Report of the Indian Hemp Drugs Commission, 1894-1895 - Volume VII
Year: 1894
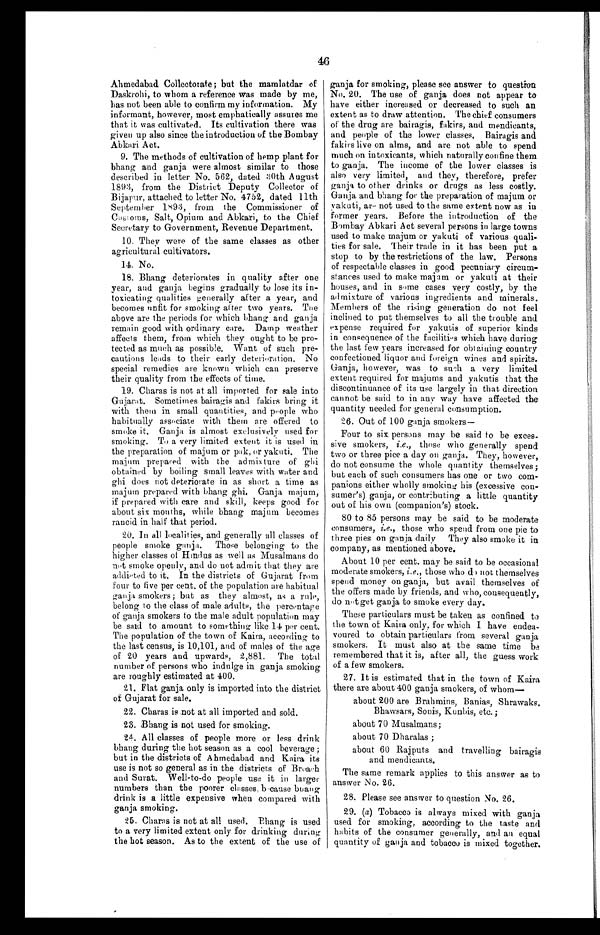
46
Ahmedabad Collectorate; but the mamlatdar of
Daskrohi, to whom a reference was made by me,
has not been able to confirm my information. My
informant, however, most emphatically assures me
that it was cultivated. Its cultivation there was
given up also since the introduction of the Bombay
Abkari Act.
9. The methods of cultivation of hemp plant for
bhang and ganja were almost similar to those
described in letter No. 562, dated 30th August
1893, from the District Deputy Collector of
Bijapur, attached to letter No. 4752, dated 11th
September 1893, from the Commissioner of
Customs, Salt, Opium and Abkari, to the Chief
Secretary to Government, Revenue Department.
10. They were of the same classes as other
agricultural cultivators.
14. No.
18. Bhang deteriorates in quality after one
year, and ganja begins gradually to lose its in
-
toxicating qualities generally after a year, and
becomes unfit for smoking alter two years. The
above are the periods for which bhang and ganja
remain good with ordinary care. Damp weather
affects them, from which they ought to be pro--
tected as much as possible. Want of such pre--
cautions leads to their early deterioration. No
special remedies are known which can preserve
their quality from the effects of time.
19. Charas is not at all imported for sale into
Gujarat. Sometimes bairagis and fakirs bring it
with them in small quantities, and people who
habitually associate with them are offered to
smoke it. Ganja is almost exclusively used for
smoking. To a very limited extent it is used in
the preparation of majum or pak, or yakuti. The
majum prepared with the admixture of ghi
obtained by boiling small leaves with water and
g h i d o e s n o t d e t e r i o r a t e i n a s s h o r t a t i m e a s
majum prepared with bhang ghi. Ganja majum,
if prepared with care and skill, keeps good for
about six months, while bhang majum becomes
rancid in half that period.
20. In all localities, and generally all classes of
people smoke ganja. Those belonging to the
higher classes of Hindus as well as Musalmans do
not smoke openly, and do not admit that they are
addicted to it. In the districts of Gujarat from
four to five per cent. of the population are habitual
ganja smokers; but as they almost, as a rule,
belong to the class of male adults, the percentage
of ganja smokers to the male adult population may
be said to amount to something like 14 per cent.
The population of the town of Kaira, according to
the last census, is 10,101, and of males of the age
of 20 years and upwards, 2,881. The total
number of persons who indulge in ganja smoking
are roughly estimated at 400.
21. Flat ganja only is imported into the district
of Gujarat for sale.
2 2 . C h a r a s i s n o t a t a l l i m p o r t e d a n d s o l d .
2 3 . B h a n g i s n o t u s e d f o r s m o k i n g .
24. All classes of people more or less drink
bhang during the hot season as a cool beverage ;
but in the districts of Ahmedabad and Kaira its
use is not so general as in the districts of Broach
and Surat. Well-to-do people use it in larger
numbers than the poorer classes, because bhang
drink is a little expensive when compared with
ganja smoking.
25. Charas is not at all used. Bhang is used
to a very limited extent only for drinking during
the hot season. As to the extent of the use of
ganja for smoking, please see answer to question
No. 20. The use of ganja does not appear to
have either increased or decreased to such an
extent as to draw attention. The chief consumers
of the drug are bairagis, fakirs, and mendicants,
and people of the lower classes. Bairagis and
fakirs live on alms, and are not able to spend
much on intoxicants, which naturally confine them
to ganja. The income of the lower classes is
also very limited, and they, therefore, prefer
ganja to other drinks or drugs as less costly.
Ganja and bhang for the preparation of majum or
yakuti, are not used to the same extent now as in
former years. Before the introduction of the
Bombay Abkari Act several persons in large towns
used to make majum or yakuti of various quali- -
ties for sale. Their trade in it has been put a
stop to by the restrictions of the law. Persons
of respectable classes in good pecuniary circum- -
stances used to make majum or yakuti at their
houses, and in some cases very costly, by the
admixture of various ingredients and minerals.
Members of the rising generation do not feel
inclined to put themselves to all the trouble and
expense required for yakutis of superior kinds
in consequence of the facilities which have during
the last few years increased for obtaining country
confectioned liquor and foreign wines and spirits.
Ganja, however, was to such a very limited
extent required for majums and yakutis that the
discontinuance of its use largely in that direction
cannot be said to in any way have affected the
quantity needed for general consumption.
2 6 . O u t o f 1 0 0 g a n j a s m o k e r s —
Four to six persons may be said to be exces
-
sive smokers, i.e ., those who generally spend
two or three pice a day on ganja. They, however,
do not consume the whole quantity themselves;
but each of such consumers has one or two com-
-
panions either wholly smoking his (excessive con
sumer's) ganja, or contributing a little quantity
out of his own (companion's) stock.
80 to 85 persons may be said to be moderate
consumers, i.e ., those who spend from one pie to
three pies on ganja daily They also smoke it in
company, as mentioned above.
About 10 per cent. may be said to be occasional
moderate smokers, i.e ., those who do not themselves
spend money on ganja, but avail themselves of
the offers made by friends, and who, consequently,
do not get ganja to smoke every day.
These particulars must be taken as confined to
the town of Kaira only, for which I have endea- -
voured to obtain particulars from several ganja
smokers. It must also at the same time be
remembered that it is, after all, the guess work
of a few smokers.
27. It is estimated that in the town of Kaira
there are about 400 ganja smokers, of whom–
about 200 are Brahmins, Banias, Shrawaks,
Bhawsars, Sonis, Kunbis, etc.;
about 70 Musalmans;
about 70 Dharalas ;
about 60 Rajputs and travelling bairagis
and mendicants.
The same remark applies to this answer as to
answer No. 26.
2 8 . P l e a s e s e e a n s w e r t o q u e s t i o n N o . 2 6 .
29. (a) Tobacco is always mixed with ganja
used for smoking, according to the taste and
habits of the consumer generally, and an equal
quantity of ganja and tobacco is mixed together.